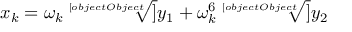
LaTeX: x _ { k } = \omega _ { k } { \sqrt [ [object Object] ] { y _ { 1 } } } + \omega _ { k } ^ { 6 } { \sqrt [ [object Object] ] { y _ { 2 } } }